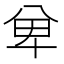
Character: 𭁏